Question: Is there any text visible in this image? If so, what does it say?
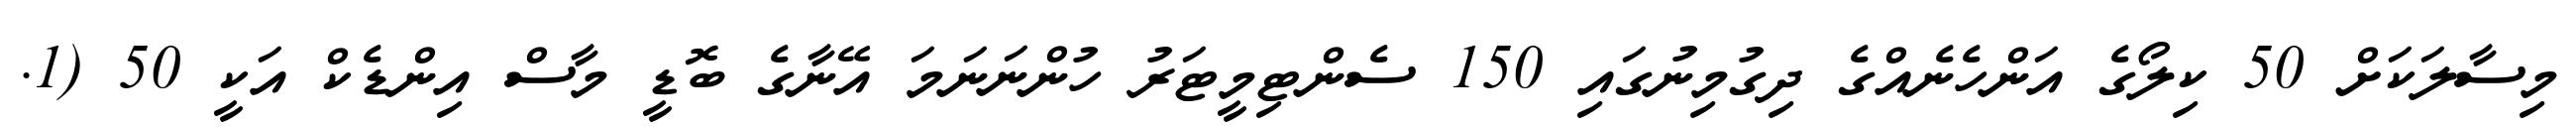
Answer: މިސާލަކަށް 50 ކިލޯގެ އަންހެނެއްގެ ދިގުމިނުގައި 150 ސެންޓިމީޓަރު ހުންނަނަމަ އޭނާގެ ބޮޑީ މާސް އިންޑެކް އަކީ 50 (1.